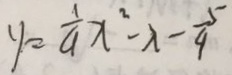
y = \frac { 1 } { 9 } x ^ { 2 } - x - \frac { 5 } { 9 }